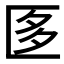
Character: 𭅚